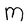
Character: M